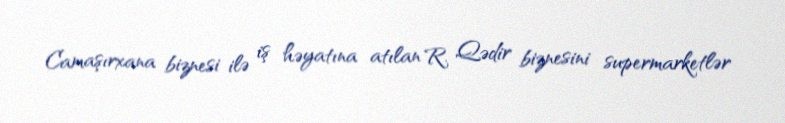
Camaşırxana biznesi ilə iş həyatına atılan R. Qədir biznesini supermarketlər